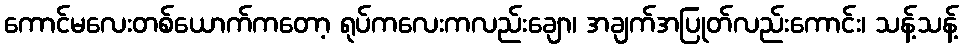
ကောင်မလေးတစ်ယောက်ကတော့ ရုပ်ကလေးကလည်းချော၊ အချက်အပြုတ်လည်းကောင်း၊ သန့်သန့်